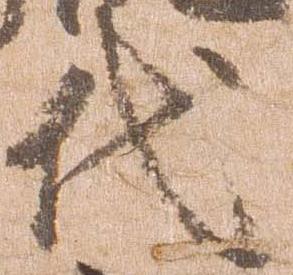
代